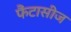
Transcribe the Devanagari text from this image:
फैंटासीज